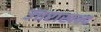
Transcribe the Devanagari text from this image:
उत्तराखन्द